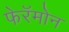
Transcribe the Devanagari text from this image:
फेरॅमोन